Medical and sanitary report of the native army of Bengal for the year
Year: 1875
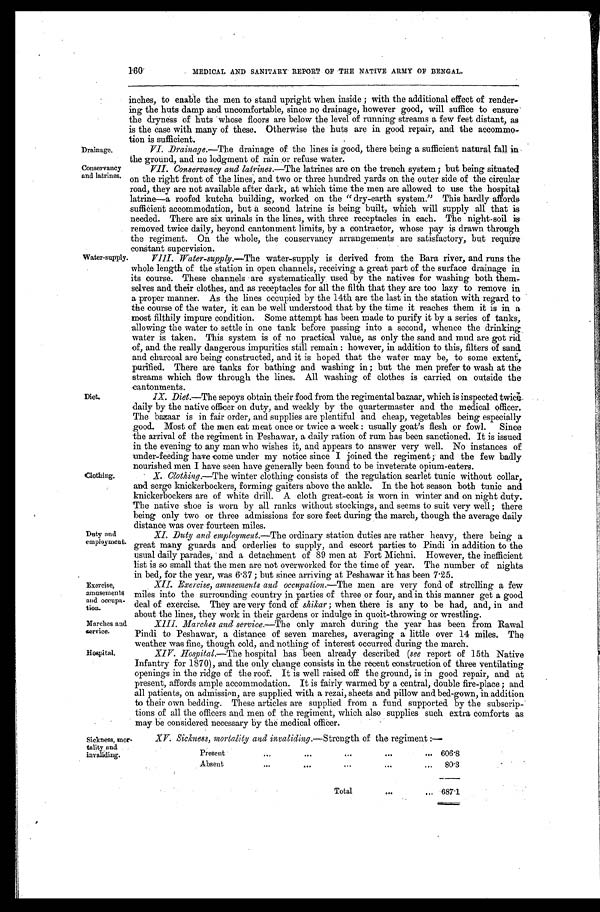
Drainage.
Conservancy
and latrines.
160
MEDICAL AND SANITARY REPORT OF THE NATIVE ARMY OF BENGAL.
inches, to enable the men to stand upright when inside; with the additional effect of render
-
ing the huts damp and uncomfortable, since no drainage, however good, will suffice to ensure
the dryness of huts whose floors are below the level of running streams a few feet distant, as
is the case with many of these. Otherwise the huts are in good repair, and the accommo
-
tion is sufficient.
VI. Drainage.—The drainage of the lines is good, there being a sufficient natural fall in
the ground, and no lodgment of rain or refuse water.
VII. Conservancy and latrines.—The latrines are on the trench system; but being situated
on the right front of the lines, and two or three hundred yards on the outer side of the circular
road, they are not available after dark, at which time the men are allowed to use the hospita
l
latrine—a roofed kutcha building, worked on the "dry-earth system." This hardly affords
sufficient accommodation, but a second latrine is being built, which will supply all that is
needed. There are six urinals in the lines, with three receptacles in each. The night-soil
i s
removed twice daily, beyond cantonment limits, by a contractor, whose pay is drawn through
the regiment. On the whole, the conservancy arrangements are satisfactory, but require
constant supervision.
Water-supply.
Clothing.
Duty and
employment
Exercise,
amusements
and occupa
- tion.
Marches and
service.
VIII. Water-supply.—The water-supply is derived from the Bara river, and runs the
whole length of the station in open channels, receiving a great part of the surface drainage in
its course. These channels are systematically, used by the natives for washing both them
-
selves and their clothes, and as receptacles for all the filth that they are too lazy to remove in
a proper manner. As the lines occupied by the 14th are the last in the station with regard to
the course of the water, it can be well understood that by the time it reaches them it is in a
most filthily impure condition. Some attempt has been made to purify it by a series of tanks,
allowing the water to settle in one tank before passing into a second, whence the drinking
water is taken. This system is of no practical value, as only the sand and mud are got rid
of, and the really dangerous impurities still remain: however, in addition to this, filters of sand
and charcoal are being constructed, and it is hoped that the water may be, to some extent,
purified. There are tanks for bathing and washing in; but the men prefer to wash at the
streams which flow through the lines. All washing of clothes is carried on outside the
c a n t o n m e n t s .
IX. Diet.—The sepoys obtain their food from the regimental bazaar, which is inspected twice
daily by the native officer on duty, and weekly by the quartermaster and the medical officer.
The bazaar is in fair order, and supplies are plentiful and cheap, vegetables being especially
good. Most of the men eat meat once or twice a week: usually goat's flesh or fowl. Since
the arrival of the regiment in Peshawar, a daily ration of rum has been sanctioned. It is issued
in the evening to any man who wishes it, and appears to answer very well. No instances of
under-feeding have come under my notice since I joined the regiment; and the few badly
nourished men I have seen have generally been found to be inveterate opium-eaters.
X. Clothing.— The winter clothing consists of the regulation scarlet tunic without collar,
and serge knickerbockers, forming gaiters above the ankle. In the hot season both tunic and
knickerbockers are of white drill. A cloth great-coat is worn in winter and on night duty.
The native shoe is worn by all ranks without stockings, and seems to suit very well; there
being only two or three admissions for sore feet during the march, though the average daily
distance was over fourteen miles.
X I . D u t y a n d e m p l o y m e n t . —T
h e
ordinary station duties are rather heavy, there being a
great many guards and orderlies to supply, and escort parties to Pindi in addition to the
usual daily parades, and a detachment of 89 men at Fort Michni. However, the inefficient
list is so small that the men are not overworked for the time of year. The number of nights
in bed, for the year, was 6.37; but since arriving at Peshawar it has been 7.25.
XII. Exercise, amusements and occupation.— The men are very fond of strolling a few
miles into the surrounding country in parties of three or four, and in this manner get a good
deal of exercise. They are very fond of shikar; when there is any to be had, and, in and
about the lines, they work in their gardens or indulge in quoit-throwing or wrestling.
XIII. Marches and service.—The only march during the year has been from Rawal
Pindi to Peshawar, a distance of seven marches, averaging a little over 14 miles. The
weather was fine, though cold, and nothing of interest occurred during the march.
Hospital.
Sickness, mor
-
tality and
invaliding.
XIV. Hospital.—The hospital has been already described (see report of 15th Native
Infantry for 1870), and the only change consists in the recent construction of three ventilating
openings in the ridge of the roof. It is well raised off the ground, is in good repair, and at
present, affords ample accommodation. It is fairly warmed by a central, double fire-place; and
all patients, on admission, are supplied with a rezai, sheets and pillow and bed-gown, in addition
to their own bedding. These articles are supplied from a fund supported by the subscrip
-
tions of all the officers and men of the regiment, which also supplies such extra comforts as
may be considered necessary by the medical officer.
XV. Sickness, mortality and invaliding.—Strength of the regiment:—
Present . . .
606.8
Absent . . .
80.3
Total . . .
687.1